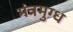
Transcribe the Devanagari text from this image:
मंत्रमुग्‍ध